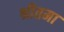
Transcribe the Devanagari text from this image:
श्रीतमा